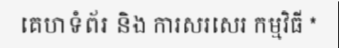
គេហទំព័រ និង ការសរសេរ កម្មវិធី *